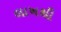
લાખથી